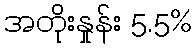
အတိုးနှုန်း 5.5%